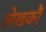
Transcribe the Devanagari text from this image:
लेखकौं